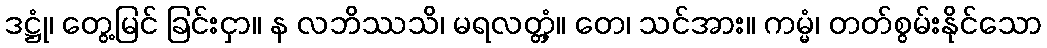
ဒဋ္ဌုံ၊ တွေ့မြင် ခြင်းငှာ။ န လဘိဿသိ၊ မရလတ္တံ့။ တေ၊ သင်အား။ ကမ္မံ၊ တတ်စွမ်းနိုင်သော